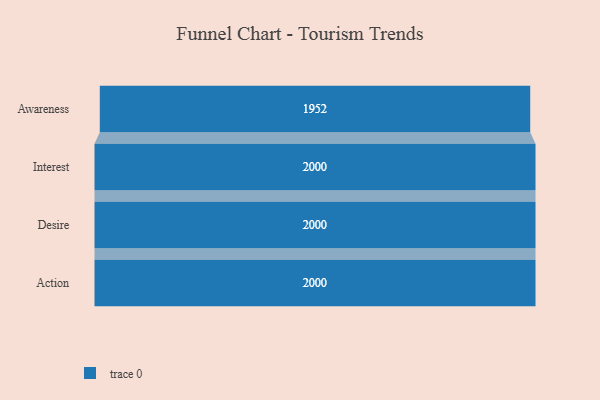
{"axis": {"x": "Stage", "y": "Value"}, "legend": [""], "data": [{"x": "Awareness", "y": 1952.0, "type": ""}, {"x": "Interest", "y": 2000, "type": ""}, {"x": "Desire", "y": 2000, "type": ""}, {"x": "Action", "y": 2000, "type": ""}]}